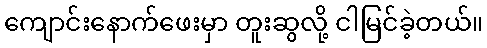
ကျောင်းနောက်ဖေးမှာ တူးဆွလို့ ငါမြင်ခဲ့တယ်။